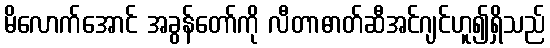
မိလောက်အောင် အခွန်တော်ကို လီတာဓာတ်ဆီအင်ဂျင်ဟူ၍ရှိသည်